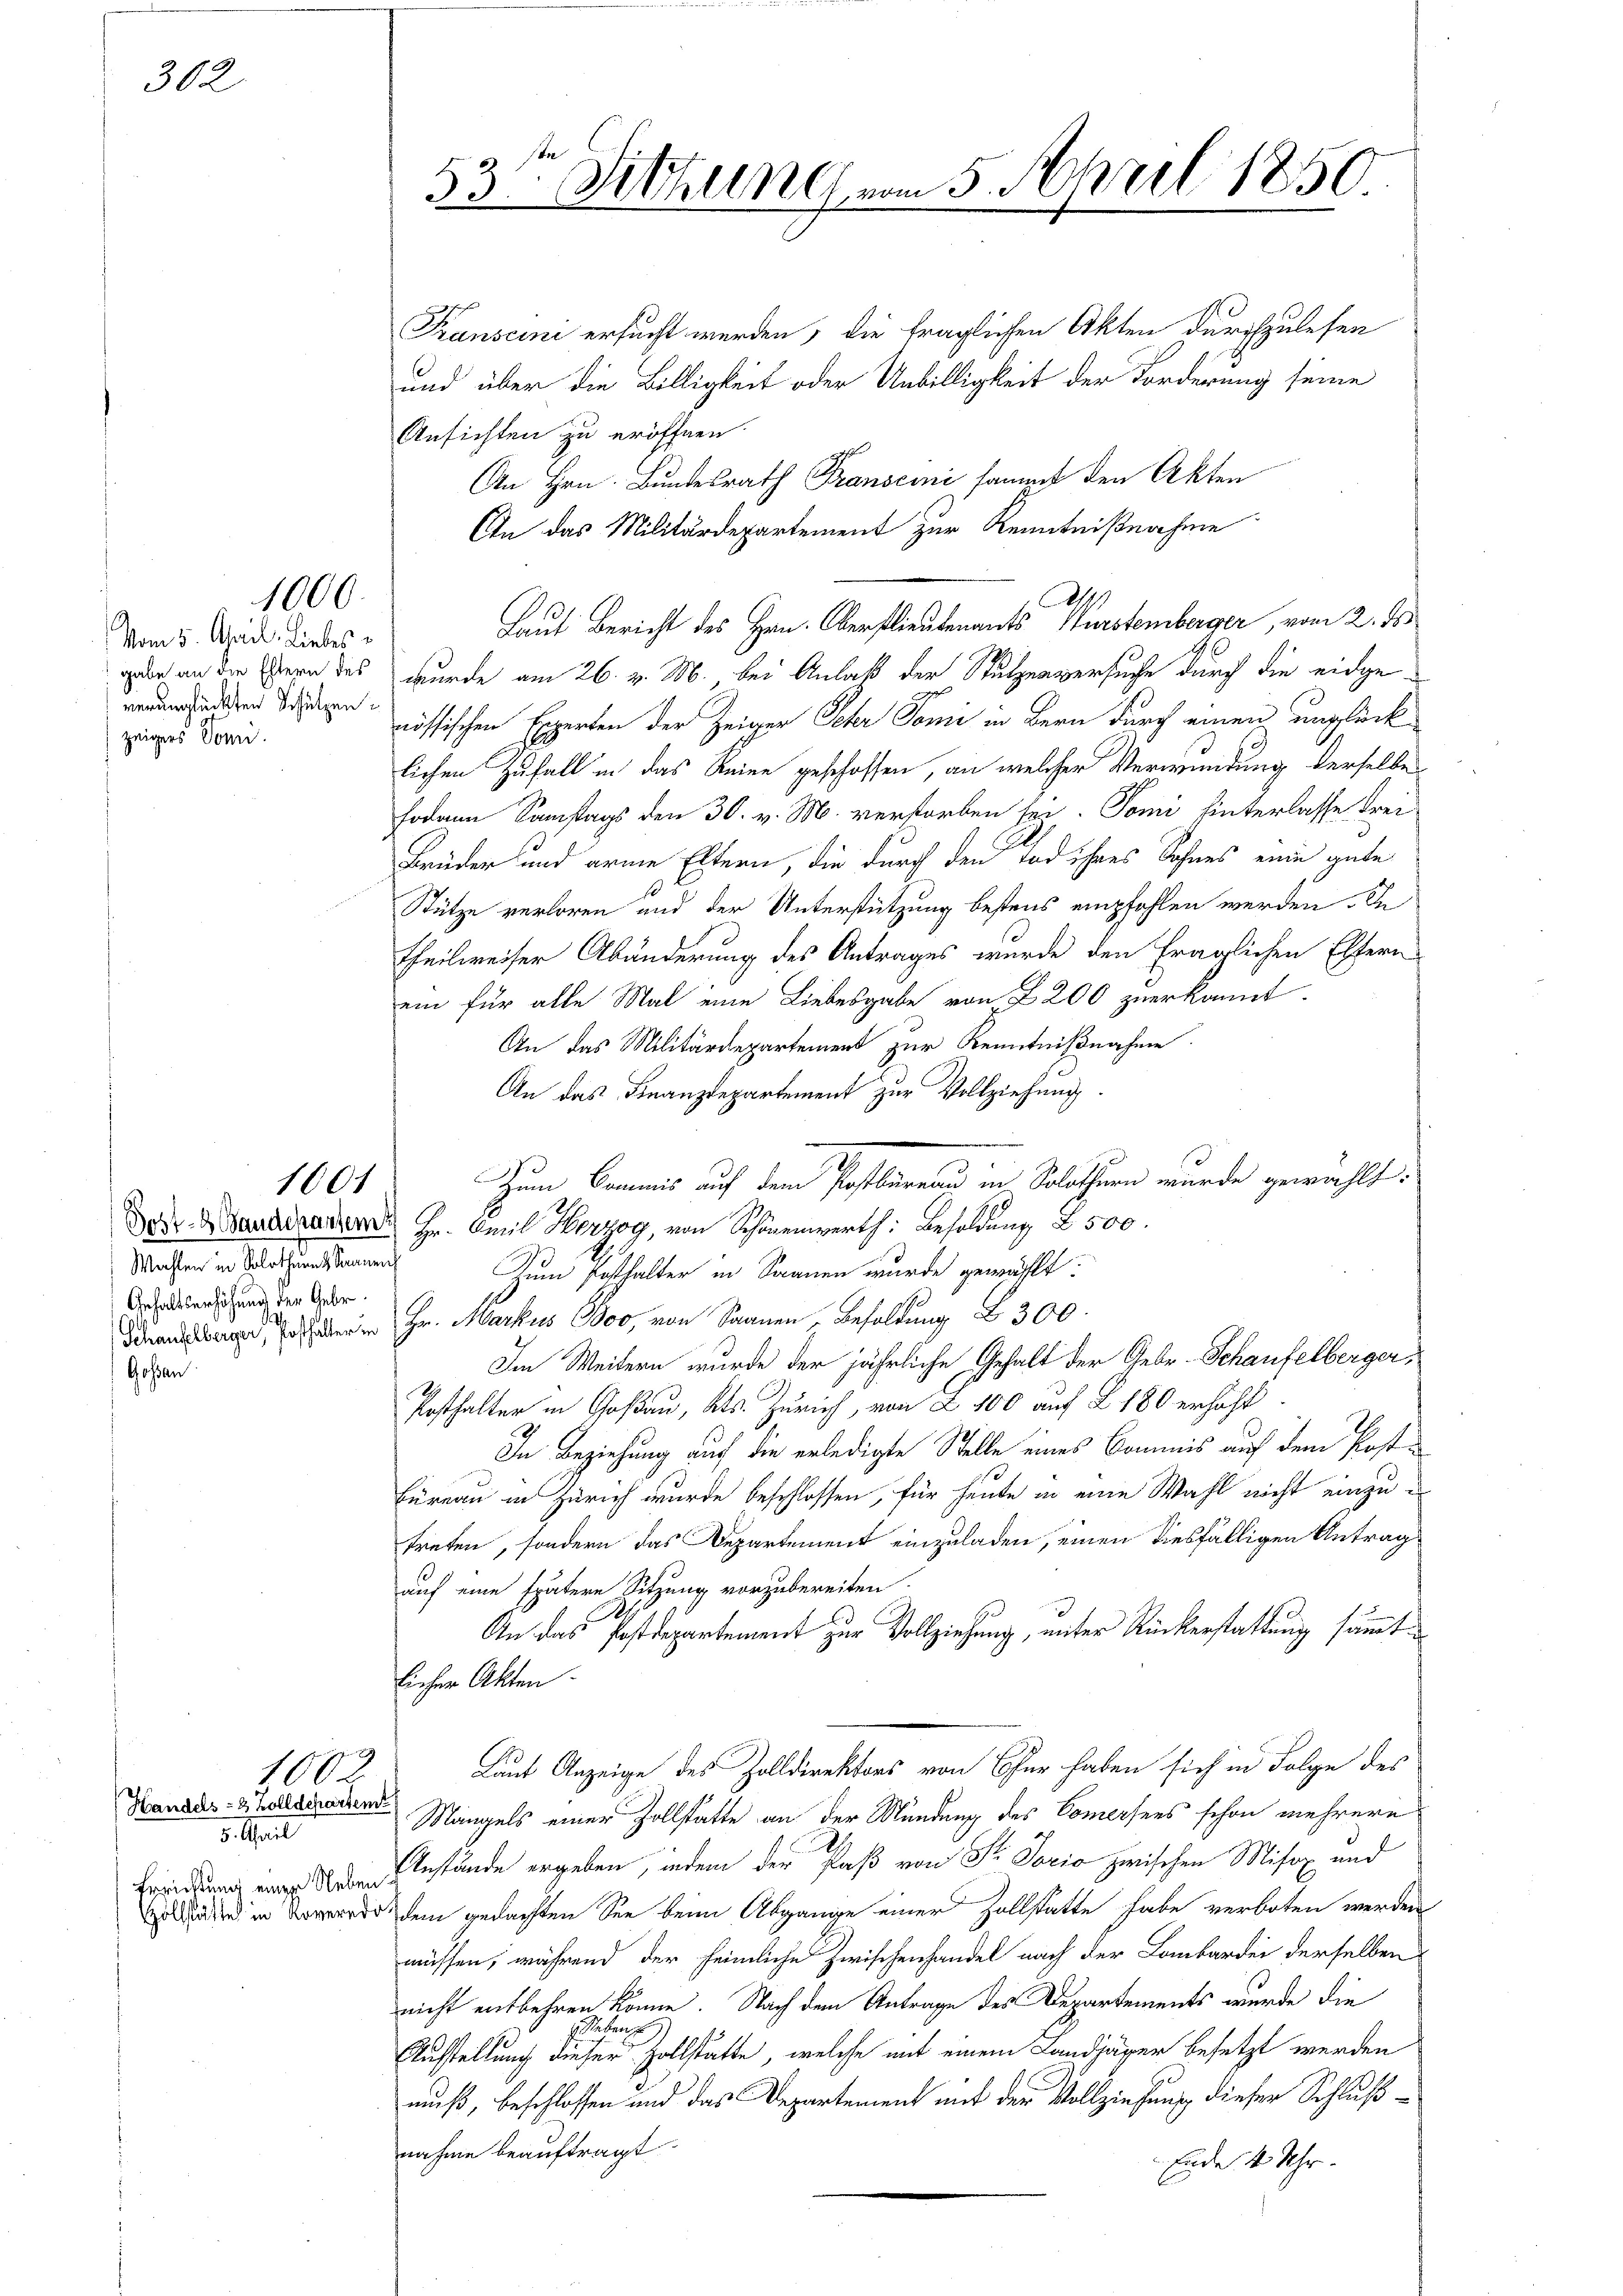
302

Vom 5. April. Liebes
gabe an die Eltern des
verunglückten Schulzen.
zeigers Domi

Wahlen in Solothur & Saanen
Gehaltserhöhung der Gebr.
e

1000.

1601

Handels- & Zolldepartem
5. April
Errichtung einen Neben.

100

Transcini ersucht werden, die fraglichen Akten durchzulesen
und über die Billigkeit oder Unbilligkeit der Forderung seine
Ansichten zu eröffnen.
An Hrn. Bundesrath Transcini sammt den Akten
An das Militärdepartement zur Kenntnißnahme
Laut Bericht des Hrn. Oberstlieutenants Wurstemberger, vom 2. ds.
wurde am 26. v. M., bei Anlaß der Stutzenversuche durch die eidgenössischen Experten der Zeigen Scher Tomi in Bern durch einen unglück
lichen Zufall in das Reine geschossen, an welcher Verwendung derselbe
fodann Samstags den 30. v. M. verstorben sei. Tomi hinterlasse drei
Brüder und arme Eltern, die durch den und ihres Sohnes eine gute
Stütze verloren und der Unterstützung bestens empfohlen werden. De
Theilweiser Abänderung des Antrages wurde den fraglichen Eltern
ein für alle Mal eine Liebesgabe von 2200 zuerkannt.
An das Militärdepartement zur Kenntnißnahme.
An das Finanzdepartement zur Vollziehung.
Das Handerarten Hr. Amil Herzog, von Schönenwerth. Besoldung 2500.
Zum Posthalter in Saanen wurde gewählt:
Dan hieren zu. Markus 10, von Saanen Besoldung B 300.
Im Weitern wurde der jährliche Gehalt der Gebr. Schaufelberger,
Posthalter in Goßau, Kts. Zürich, von 2 100 auf § 180 erhöht
In Beziehung auf die erledigte Stelle eines Commis auf dem Post¬
Füreau in Zürich wurde beschlossen, für heute in eine Wahl nicht einzutreten, sondern das Departement einzuladen, einen diesfälligen Antrag
auf eine spätere Sitzung vorzubereiten.
An das Postdepartement zur Vollziehung, unter Rückerstattung sämmtlicher Akten.
Laut Anzeige des Zolldirektors von Chur haben sich in Folge des
Mangels einer Zollstatte an der Mündung des Comersees schon mehrere
Anstände ergeben, indem der Paß von Str. Torio zwischen Misox und
 in dem gedachten See beim Abgange einer Zollstatte habe verboten werden
müssen, während der heimliche Zwischenhandel nach der Lombardei derselben
nicht entbehren könne. Nach dem Antrage des Departements wurde die
Aufstellung dieser Zollstätte, welche mit einem Landjäger besetzt werden
muß, beschlossen und das Departement mit der Vollziehung dieser Schlußnahme beauftragt.
Ende 4 Uhr.

53te Sitzung vom 5. April 1850.

Zum Commis auf dem Postbarend in Solothurn wurde gewählt: